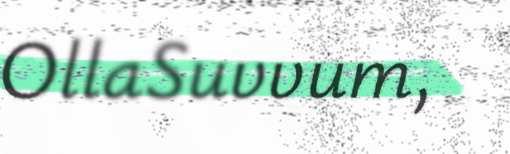
OllaSuvvum,